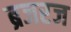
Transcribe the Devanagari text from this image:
ब्रजरज